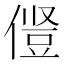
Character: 𫝋